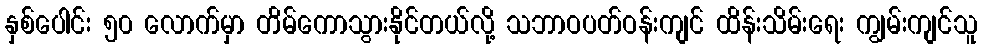
နှစ်ပေါင်း ၅၀ လောက်မှာ တိမ်ကောသွားနိုင်တယ်လို့ သဘာဝပတ်ဝန်းကျင် ထိန်းသိမ်းရေး ကျွမ်းကျင်သူ